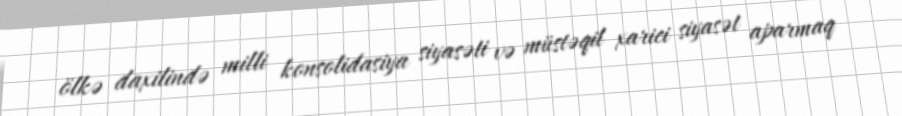
ölkə daxilində milli konsolidasiya siyasəti və müstəqil xarici siyasət aparmaq